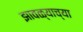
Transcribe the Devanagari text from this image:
झावळ्याच्या